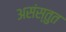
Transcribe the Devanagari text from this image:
असंस्तुत